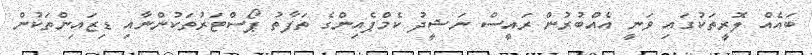
ބައެއް ލޮރީތަކުގައި ވަނީ އެއްބުރުން ރައީސް ނަޝީދު ކެމްޕެއިންގެ ތަފާތު ޕޯސްޓަރުތަކުންނާއި ޑިޒައިންތަކުން